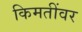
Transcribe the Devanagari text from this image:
किमतींवर